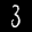
Label: 3